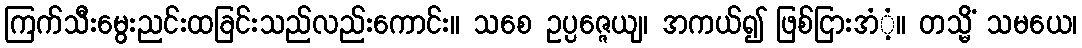
ကြက်သီးမွေးညင်းထခြင်းသည်လည်းကောင်း။ သစေ ဥပ္ပဇ္ဇေယျ၊ အကယ်၍ ဖြစ်ငြားအံံ့။ တသ္မိံ သမယေ၊